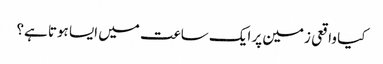
کیا واقعی زمین پر ایک ساعت میں ایسا ہوتا ہے؟